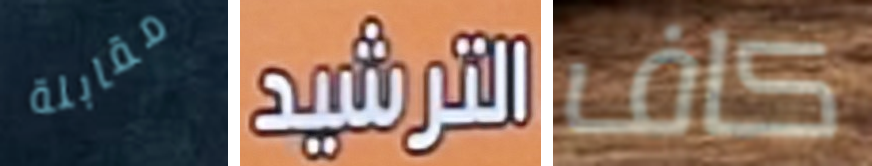
مقابلة الترشيد كاف